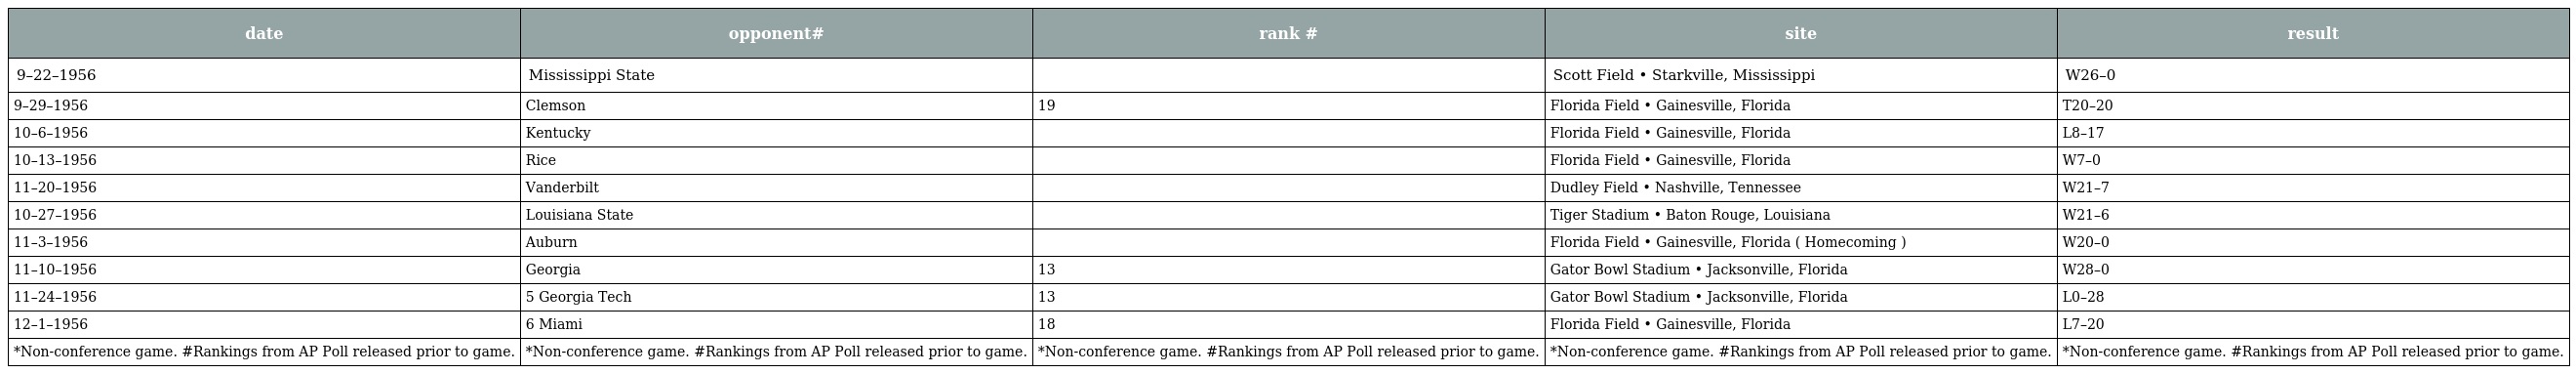
| date | opponent# | rank # | site | result |
 | --- | --- | --- | --- | --- |
 | 9–22–1956 | Mississippi State |  | Scott Field • Starkville, Mississippi | W26–0 |
 | 9–29–1956 | Clemson | 19 | Florida Field • Gainesville, Florida | T20–20 |
 | 10–6–1956 | Kentucky |  | Florida Field • Gainesville, Florida | L8–17 |
 | 10–13–1956 | Rice |  | Florida Field • Gainesville, Florida | W7–0 |
 | 11–20–1956 | Vanderbilt |  | Dudley Field • Nashville, Tennessee | W21–7 |
 | 10–27–1956 | Louisiana State |  | Tiger Stadium • Baton Rouge, Louisiana | W21–6 |
 | 11–3–1956 | Auburn |  | Florida Field • Gainesville, Florida ( Homecoming ) | W20–0 |
 | 11–10–1956 | Georgia | 13 | Gator Bowl Stadium • Jacksonville, Florida | W28–0 |
 | 11–24–1956 | 5 Georgia Tech | 13 | Gator Bowl Stadium • Jacksonville, Florida | L0–28 |
 | 12–1–1956 | 6 Miami | 18 | Florida Field • Gainesville, Florida | L7–20 |
 | *Non-conference game. #Rankings from AP Poll released prior to game. | *Non-conference game. #Rankings from AP Poll released prior to game. | *Non-conference game. #Rankings from AP Poll released prior to game. | *Non-conference game. #Rankings from AP Poll released prior to game. | *Non-conference game. #Rankings from AP Poll released prior to game. |